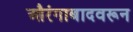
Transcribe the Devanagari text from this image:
औरंगाबादवरून